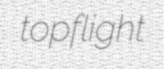
topflight